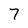
Character: 7